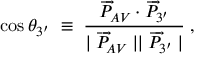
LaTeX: \cos \theta _ { 3 ^ { \prime } } \; \equiv \; \frac { \overrightarrow { P } _ { A V } \cdot \overrightarrow { P } _ { 3 ^ { \prime } } } { \mid \overrightarrow { P } _ { A V } \mid \mid \overrightarrow { P } _ { 3 ^ { \prime } } \mid } \; , \,